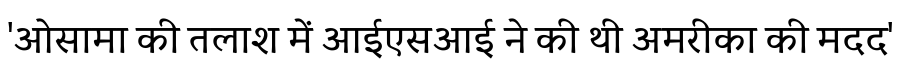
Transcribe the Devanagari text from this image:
'ओसामा की तलाश में आईएसआई ने की थी अमरीका की मदद'